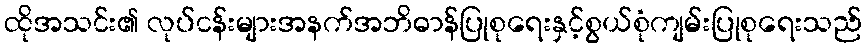
ထိုအသင်း၏ လုပ်ငန်းများအနက်အဘိဓာန်ပြုစုရေးနှင့်စွယ်စုံကျမ်းပြုစုရေးသည်